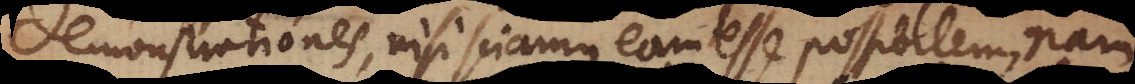
demonstrationes, nisi sciamus eam esse possibilem, nam